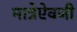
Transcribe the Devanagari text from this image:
मात्रेऐवजी